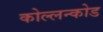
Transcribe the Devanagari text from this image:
कोल्लन्कोड